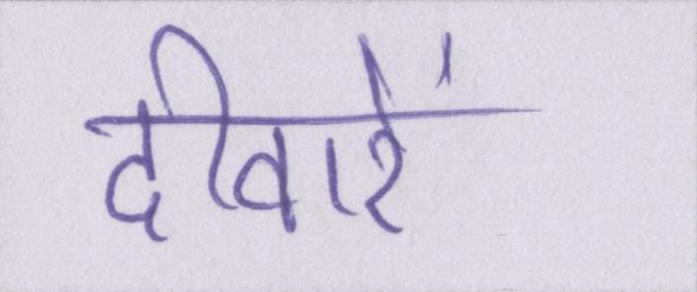
दीवारें